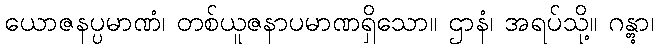
ယောဇနပ္ပမာဏံ၊ တစ်ယူဇနာပမာဏရှိသော။ ဌာနံ၊ အရပ်သို့။ ဂန္တွာ၊